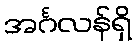
အင်္ဂလန်ရှိ